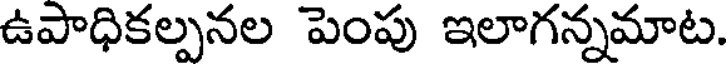
ఉపాధికల్పనల పెంపు ఇలాగన్నమాట.